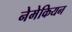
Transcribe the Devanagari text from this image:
नेमेकियन